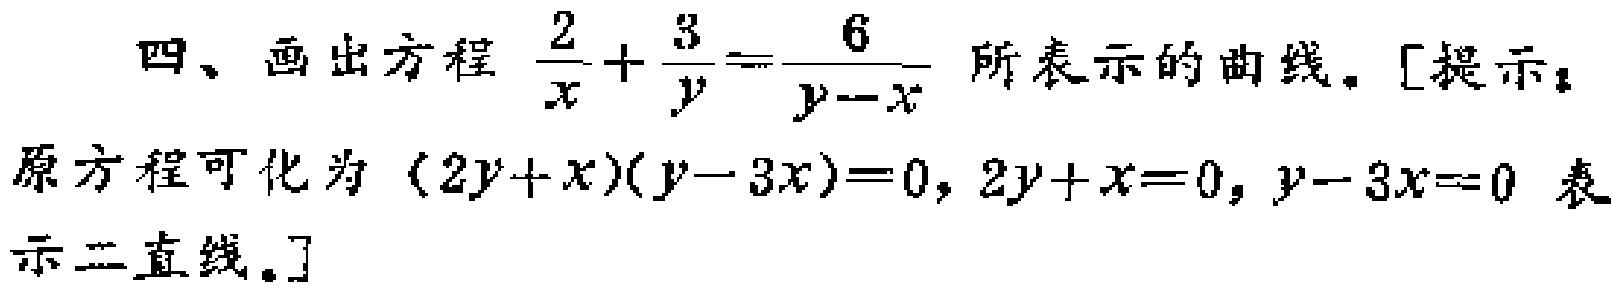
四、画出方程 \(\frac{2}{x}+\frac{3}{y}=\frac{6}{y - x}\) 所表示的曲线。[提示：
原方程可化为 \((2y + x)(y - 3x)=0\)，\(2y + x = 0\)，\(y - 3x = 0\) 表示二直线。]